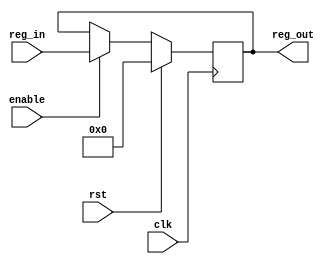
//Version: 1.0

`timescale 1ns/1ns
	
module register #(parameter n = 8)
						(input clk, rst, enable,
						input [n-1:0] reg_in,
						output reg [n-1:0] reg_out);
					
	always @(posedge clk) begin
		if (rst)
			reg_out <= 0;
		else if (enable)
			reg_out <= reg_in;	
	end
		
endmodule